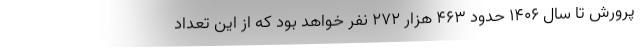
پرورش تا سال ۱۴۰۶ حدود ۴۶۳ هزار ۲۷۲ نفر خواهد بود که از این تعداد